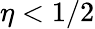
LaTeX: \eta<1/2